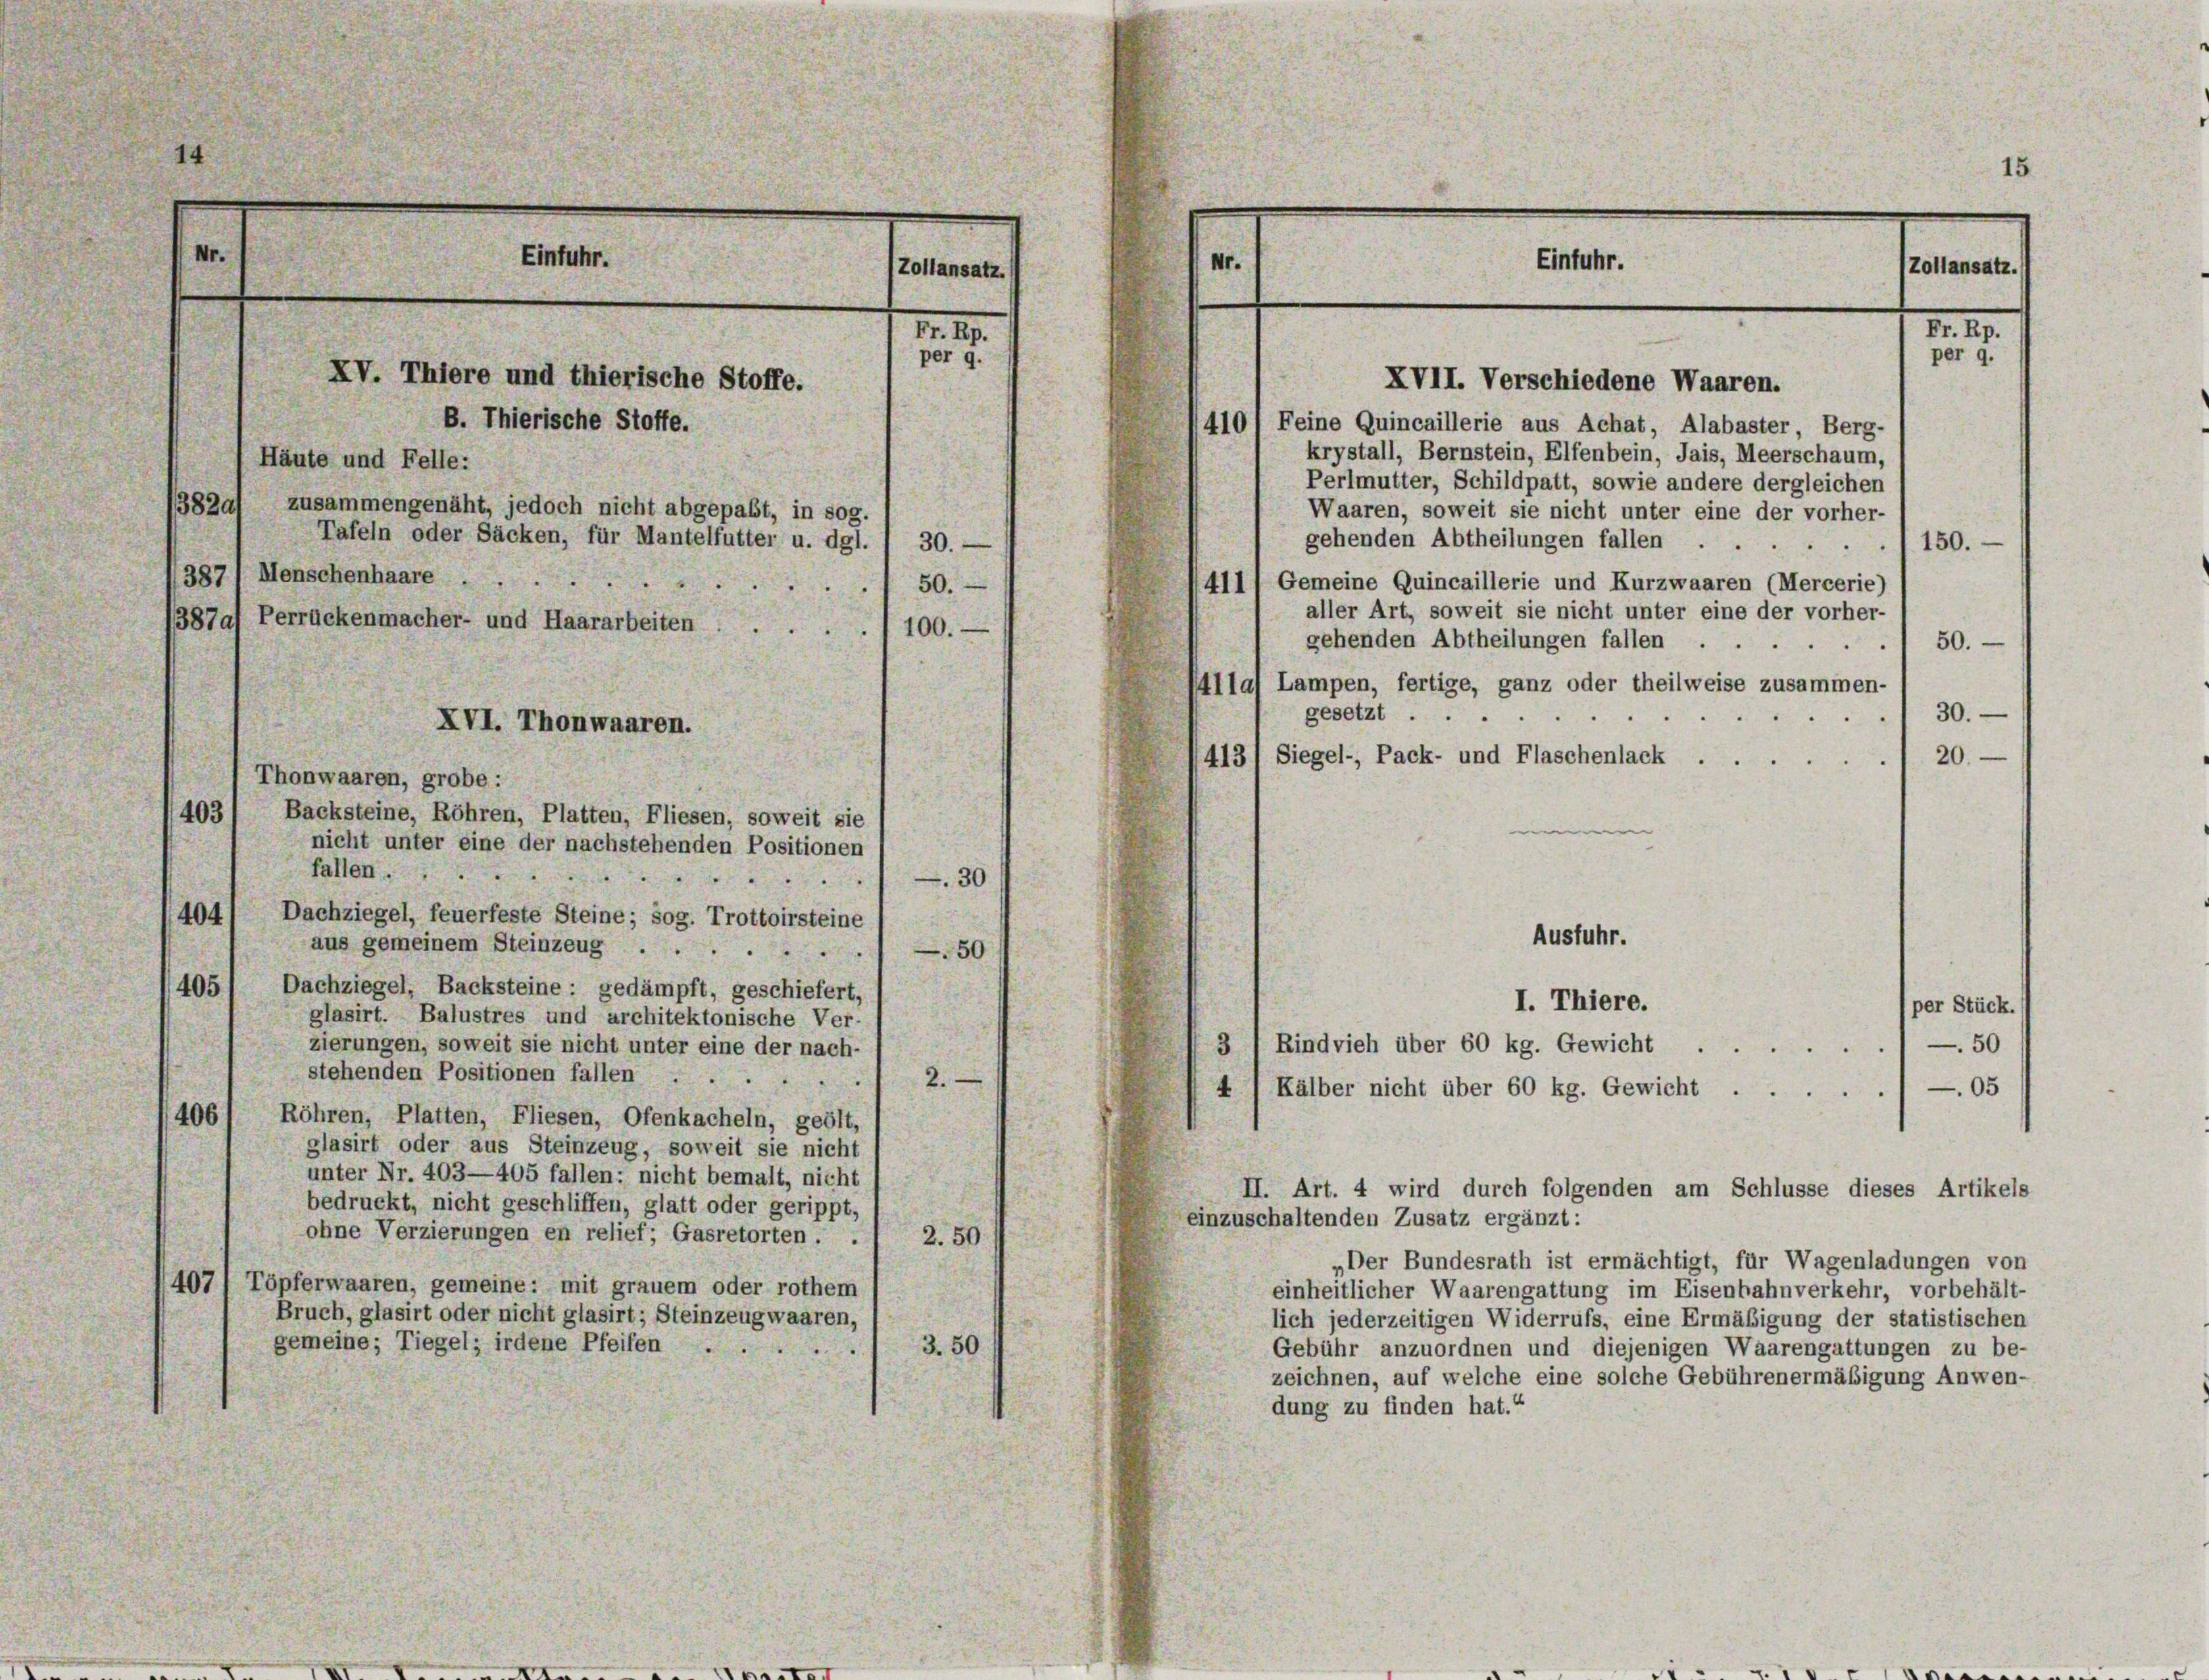
15
Nr.
Einfuhr.
Nr.
Einfuhr.
(Zollansatz.
Zollansatz.

410/ Feine Quincaillerie aus Achat, Alabaster, Berg-
krystall, Bernstein, Elfenbein, Jais, Meerschaum,
Perlmutter, Schildpatt, sowie andere dergleichen
Waaren, soweit sie nicht unter eine der vorher-
gehenden Abtheilungen fallen
.
150.
411) Gemeine Quincaillerie und Kurzwaaren (Mercerie)
aller Art, soweit sie nicht unter eine der vorher-
gehenden Abtheilungen fallen
50.
lla) Lampen, fertige, ganz oder theilweise zusammen-
30.
gesetzt.
20.
4131 Siegel-, Pack- und Flaschenlack .
Thonwaaren, grobe :
403
Backsteine, Röhren, Platten, Fliesen, soweit sie
nicht unter eine der nachstehenden Positionen
fallen.
.
-30
1
404/
Dachziegel, feuerfeste Steine; sog. Trottoirsteine
Ausfuhr.
aus gemeinem Steinzeug .
50

405
Dachziegel, Backsteine : gedämpft, geschiefert,
I. Thiere.
per Stück.
glasirt. Balustres und architektonische Ver-
zierungen, soweit sie nicht unter eine der nach-
50
3 / Rindvieh über 60 kg. Gewicht .
stehenden Positionen fallen
2.
u
05
4) Kälber nicht über 60 kg. Gewicht ...
406
Röhren, Platten, Fliesen, Ofenkacheln, geölt,
glasirt oder aus Steinzeug, soweit sie nicht
unter Nr. 403—405 fallen: nicht bemalt, nicht
II. Art. 4 wird durch folgenden am Schlüsse dieses Artikels
bedruckt, nicht geschliffen, glatt oder gerippt,
einzuschaltenden Zusatz ergänzt:
ohne Verzierungen en relief; Gasretorten.
2.50
„Der Bundesrath ist ermächtigt, für Wagenladungen von
4071 Töpferwaaren, gemeine: mit grauem oder rothem
einheitlicher Waarengattung im Eisenhahnverkehr, vorbehält-
Bruch, glasirt oder nicht glasirt; Steinzeugwaaren,
lich jederzeitigen Widerrufs, eine Ermäßigung der statistischen
gemeine; Tiegel; irdene Pfeifen
3.50
Gebühr anzuordnen und diejenigen Waarengattungen zu be-
zeichnen, auf welche eine solche Gebührenermäßigung Anwen-
dung zu finden hat.“

M. I.
XV. Thiere und thierische Stoffe.
B. Thierische Stoffe.
Häute und Felle:
3820/
zusammengenäht, jedoch nicht abgepaßt, in sog.
Tafeln oder Säcken, für Mantelfutter u. dgl. I 30. —
387 1 Menschenhaare .
 50.
387a) Perrückenmacher- und Haararbeiten
100.
.
XVI. Thonwaaren.

per 9.

XVII. Verschiedene Waaren.

F. II.

per 9.